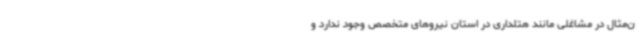
ن‌مثال در مشاغلی مانند هتلداری در استان نیروهای متخصص وجود ندارد و